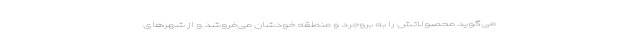
می‌گوید محصولاتش را به بروجرد و منطقه خودشان می‌فروشد و از شهرهای